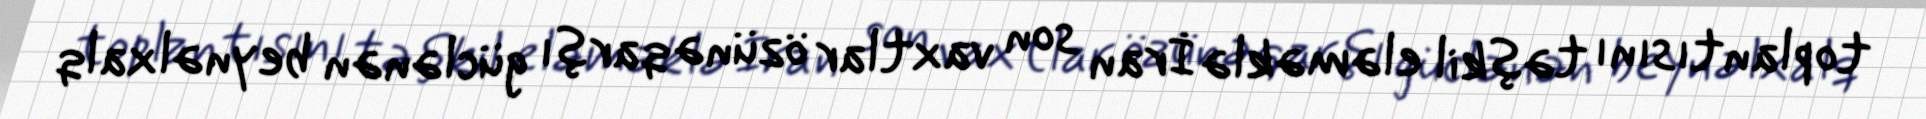
toplantısını təşkil eləməklə İran son vaxtlar özünə qarşı güclənən beynəlxalq